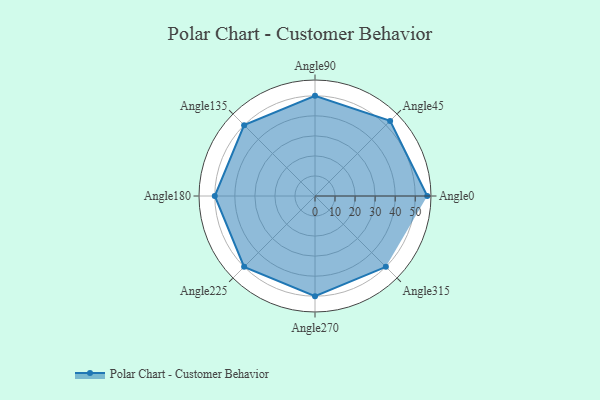
{"axis": {"x": "Angle", "y": "Radius"}, "legend": [""], "data": [{"x": "Angle0", "y": 56.0, "type": ""}, {"x": "Angle45", "y": 53.0, "type": ""}, {"x": "Angle90", "y": 50, "type": ""}, {"x": "Angle135", "y": 50, "type": ""}, {"x": "Angle180", "y": 50, "type": ""}, {"x": "Angle225", "y": 50, "type": ""}, {"x": "Angle270", "y": 50, "type": ""}, {"x": "Angle315", "y": 50, "type": ""}]}